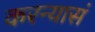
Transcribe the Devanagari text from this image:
करन्यासं